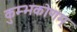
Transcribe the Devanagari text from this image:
कुम्भकोणम्